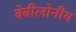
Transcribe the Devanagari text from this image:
बेबीलोनीय